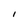
Character: I